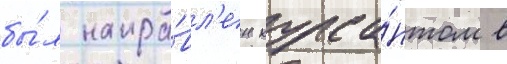
бы́л напра́вл'ен курса́нтом в